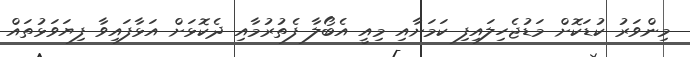
މިންވަރު ކުޑަކޮށް މަޑުޖެހިލައިފި ކަމަށާއި މިއީ އެބޯލާ ފެތުރުމާއި ދެކޮޅަށް އަޅާފައިވާ ފިޔަވަޅުތައް